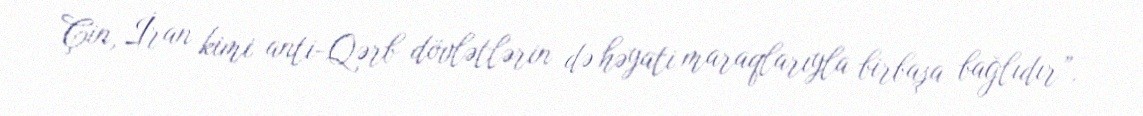
Çin, İran kimi anti-Qərb dövlətlərin də həyati maraqlarıyla birbaşa bağlıdır”.